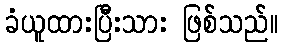
ခံယူထားပြီးသား ဖြစ်သည်။